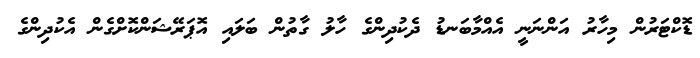
ޑޮކްޓަރުން މިހާރު އަންނަނީ އެއްމާބަނޑު ދެކުދިންގެ ހާލު ގާތުން ބަލަައި އޮޕަރޭޝަންކޮށްގެން އެކުދިންގެ